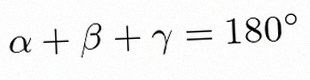
\alpha+\beta+\gamma=180^\circ